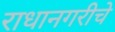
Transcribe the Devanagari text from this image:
राधानगरीचे